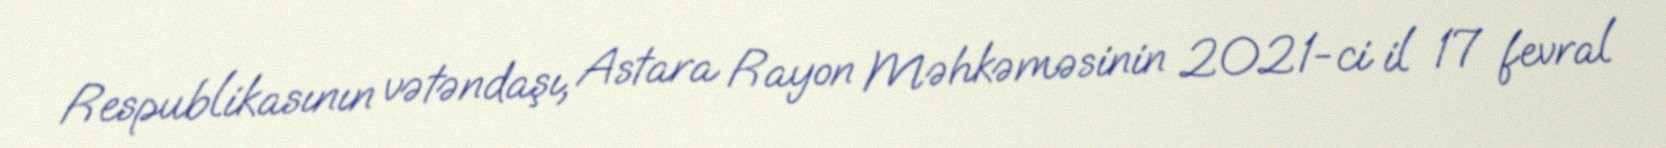
Respublikasının vətəndaşı, Astara Rayon Məhkəməsinin 2021-ci il 17 fevral